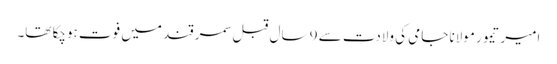
امیر تیمور مولانا جامی کی ولادت سے 9 سال قبل سمرقند میں فوت ہوچکا تھا۔